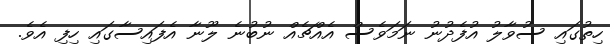
ހިތުގައި ސުވާލު އުފެދުނު ނަމަވެސް އެއްޗެއް ނުބުނެ ލޫނާ އެފައިސާގައި ހިފި އެވެ.